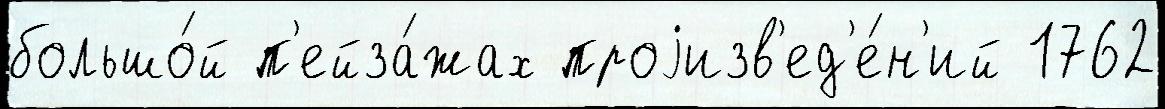
большо́й п'ейза́жах проjизв'ед'е́н'ий 1762